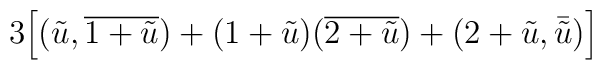
3 \Bigl[(\tilde{u},\overline{1+\tilde{u}})+(1+\tilde{u})(\overline{2+\tilde{u}})+(2+\tilde{u},\bar{\tilde{u}})\Bigr]